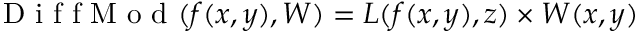
\mathrm { ~ D ~ i ~ f ~ f ~ M ~ o ~ d ~ } ( f ( x , y ) , W ) = L ( f ( x , y ) , z ) \times W ( x , y )